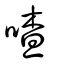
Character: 喳